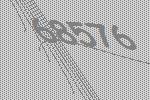
68576